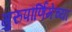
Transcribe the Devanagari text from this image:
गुरुपौर्णिमेच्या